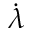
\dot { \lambda }